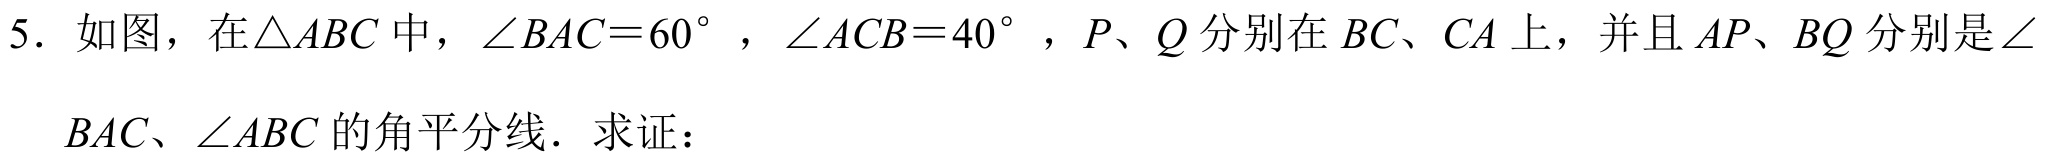
5. 如图，在$\triangle ABC$中，$\angle BAC = 60^{\circ}$，$\angle ACB = 40^{\circ}$，$P、Q$分别在$BC、CA$上，并且$AP、BQ$分别是$\angle BAC、\angle ABC$的角平分线．求证：